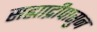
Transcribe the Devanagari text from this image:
सह्याद्रीपासुन